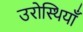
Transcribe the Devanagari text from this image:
उरोस्थियाँ